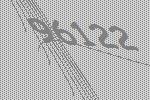
96122